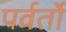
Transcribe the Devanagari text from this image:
पर्वर्तो